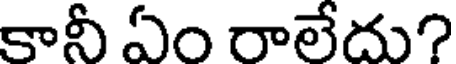
కానీ ఏం రాలేదు?